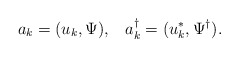
\begin{align*}a_k=(u_k,\Psi), \;\;\; a^{\dagger}_k=(u^*_k,\Psi^{\dagger}).\end{align*}